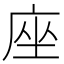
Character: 座